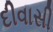
દીવાસી